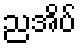
ညအိပ်